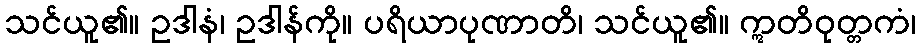
သင်ယူ၏။ ဥဒါနံ၊ ဥဒါန်ကို။ ပရိယာပုဏာတိ၊ သင်ယူ၏။ ဣတိဝုတ္တကံ၊